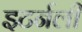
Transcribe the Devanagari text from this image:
इटर्नली